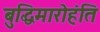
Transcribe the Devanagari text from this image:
बुद्धिमारोहंति